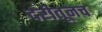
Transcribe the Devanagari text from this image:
दरीतूनच